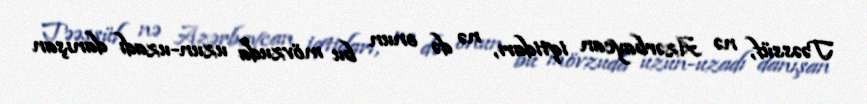
Təəssüf, nə Azərbaycan iqtidarı, nə də onun bu mövzuda uzun-uzadı danışan